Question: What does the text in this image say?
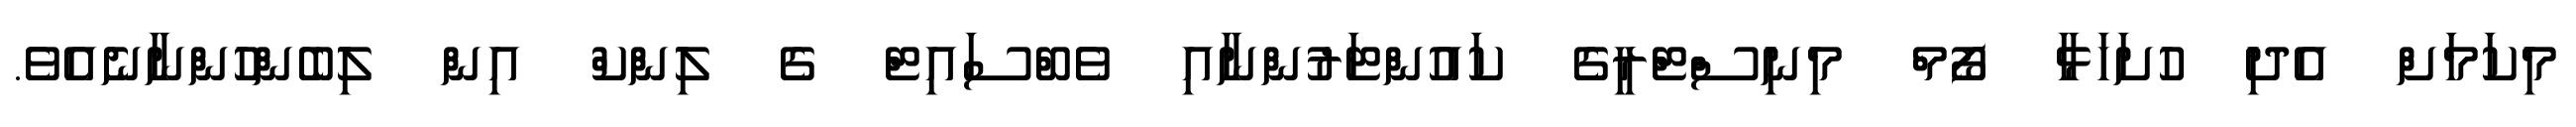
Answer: މިކަމަށް އެދި ހުށަހަޅާ ފޯމް މިނިސްޓްރީގެ ކައުންޓަރުންނާއި ވެބްސައިޓް ގެ ލިންކް އިން ލިބެންހުންނާނެއެވެ.